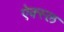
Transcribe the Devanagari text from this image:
ऐक्स्ल